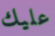
عليك